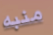
منبه